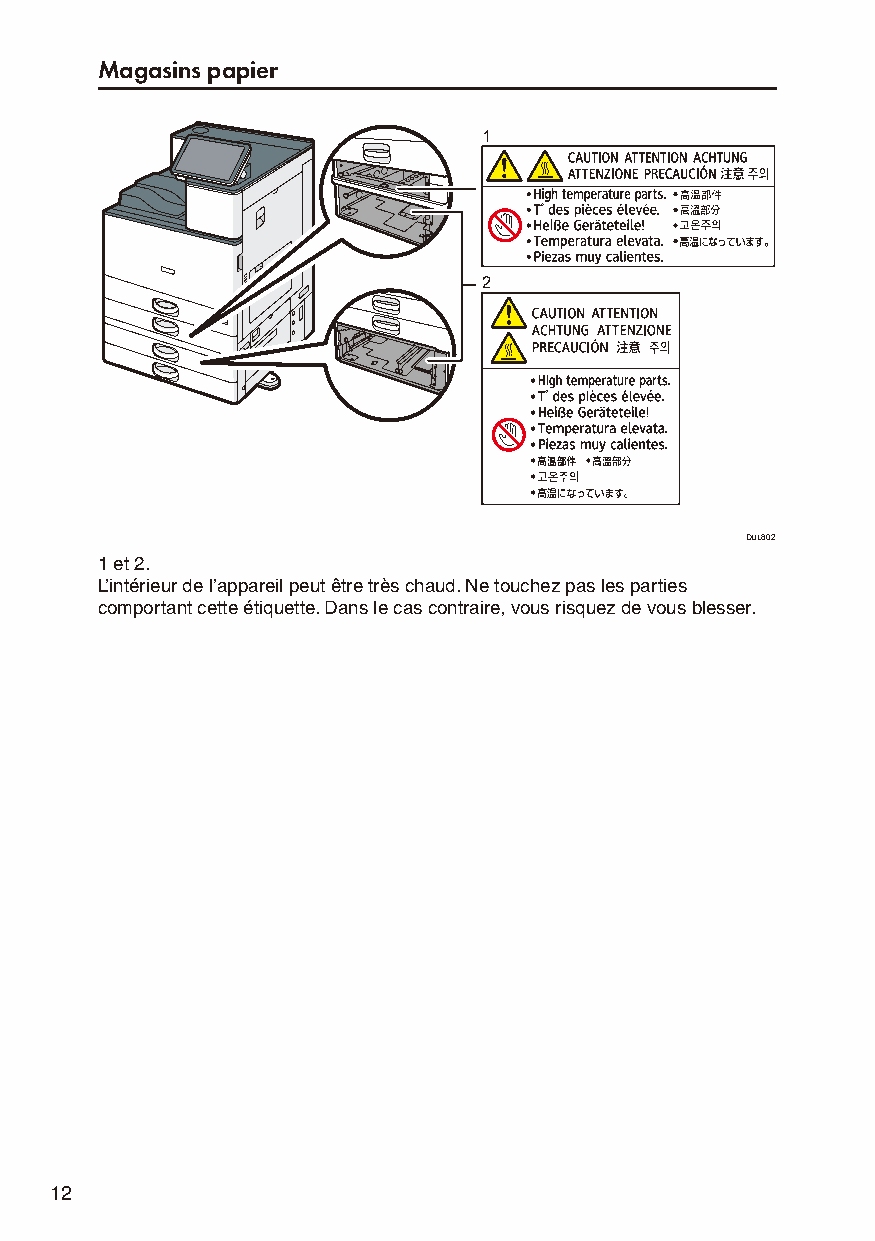
Magasins papier
 1
 2
 DUL802
 1 et 2.
 L’intérieur de l’appareil peut être très chaud. Ne touchez pas les parties
 comportant cette étiquette. Dans le cas contraire, vous risquez de vous blesser.
 12